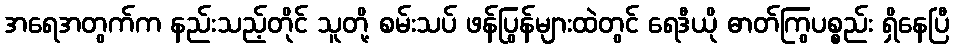
အရေအတွက်က နည်းသည့်တိုင် သူတို့ စမ်းသပ် ဖန်ပြွန်များထဲတွင် ရေဒီယို ဓာတ်ကြွပစ္စည်း ရှိနေပြီ